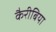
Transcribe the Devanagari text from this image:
कैरीबिया